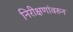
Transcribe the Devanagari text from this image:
निरीक्षणांवरुन